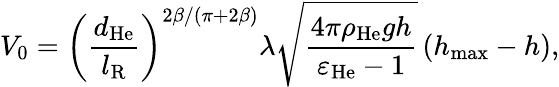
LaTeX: V_{0}=\left(\frac{d_{\mathrm{He}}}{l_{\mathrm{R}}}\right)^{2\beta/\left(\pi+2\beta\right)}\lambda\sqrt{\frac{4\pi\rho_{\mathrm{He}}gh}{\varepsilon_{\mathrm{He}}-1}}\left(h_{\operatorname*{max}}-h\right),